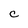
Character: C